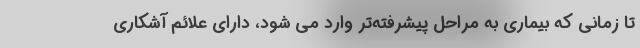
تا زمانی که بیماری به مراحل پیشرفته‌تر وارد می شود، دارای علائم آشکاری